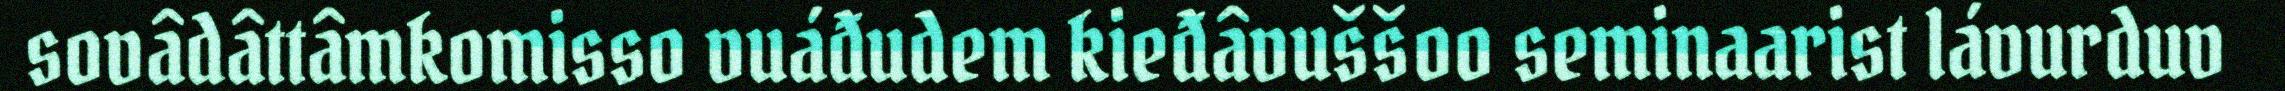
sovâdâttâmkomisso vuáđudem kieđâvuššoo seminaarist lávurduv